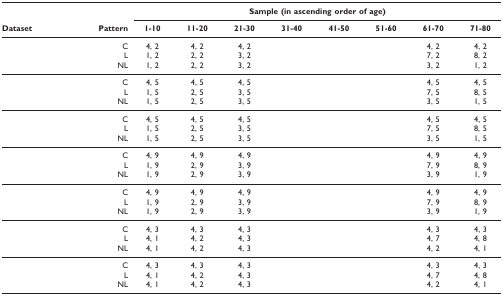
<table><thead><tr><td>[EMPTY_CELL]</td><td>[EMPTY_CELL]</td><td colspan="8"><b>Sample (in ascending order of age)</b></td></tr><tr><td><b>Dataset</b></td><td><b>Pattern</b></td><td><b>1-10</b></td><td><b>11-20</b></td><td><b>21-30</b></td><td><b>31-40</b></td><td><b>41-50</b></td><td><b>51-60</b></td><td><b>61-70</b></td><td><b>71-80</b></td></tr></thead><tbody><tr><td>[EMPTY_CELL]</td><td>C</td><td>4, 2</td><td>4, 2</td><td>4, 2</td><td>[EMPTY_CELL]</td><td>[EMPTY_CELL]</td><td>[EMPTY_CELL]</td><td>4, 2</td><td>4, 2</td></tr><tr><td>[EMPTY_CELL]</td><td>L</td><td>1, 2</td><td>2, 2</td><td>3, 2</td><td>[EMPTY_CELL]</td><td>[EMPTY_CELL]</td><td>[EMPTY_CELL]</td><td>7, 2</td><td>8, 2</td></tr><tr><td>[EMPTY_CELL]</td><td>NL</td><td>1, 2</td><td>2, 2</td><td>3, 2</td><td>[EMPTY_CELL]</td><td>[EMPTY_CELL]</td><td>[EMPTY_CELL]</td><td>3, 2</td><td>1, 2</td></tr><tr><td>[EMPTY_CELL]</td><td>C</td><td>4, 5</td><td>4, 5</td><td>4, 5</td><td>[EMPTY_CELL]</td><td>[EMPTY_CELL]</td><td>[EMPTY_CELL]</td><td>4, 5</td><td>4, 5</td></tr><tr><td>[EMPTY_CELL]</td><td>L</td><td>1, 5</td><td>2, 5</td><td>3, 5</td><td>[EMPTY_CELL]</td><td>[EMPTY_CELL]</td><td>[EMPTY_CELL]</td><td>7, 5</td><td>8, 5</td></tr><tr><td>[EMPTY_CELL]</td><td>NL</td><td>1, 5</td><td>2, 5</td><td>3, 5</td><td>[EMPTY_CELL]</td><td>[EMPTY_CELL]</td><td>[EMPTY_CELL]</td><td>3, 5</td><td>1, 5</td></tr><tr><td>[EMPTY_CELL]</td><td>C</td><td>4, 5</td><td>4, 5</td><td>4, 5</td><td>[EMPTY_CELL]</td><td>[EMPTY_CELL]</td><td>[EMPTY_CELL]</td><td>4, 5</td><td>4, 5</td></tr><tr><td>[EMPTY_CELL]</td><td>L</td><td>1, 5</td><td>2, 5</td><td>3, 5</td><td>[EMPTY_CELL]</td><td>[EMPTY_CELL]</td><td>[EMPTY_CELL]</td><td>7, 5</td><td>8, 5</td></tr><tr><td>[EMPTY_CELL]</td><td>NL</td><td>1, 5</td><td>2, 5</td><td>3, 5</td><td>[EMPTY_CELL]</td><td>[EMPTY_CELL]</td><td>[EMPTY_CELL]</td><td>3, 5</td><td>1, 5</td></tr><tr><td>[EMPTY_CELL]</td><td>C</td><td>4, 9</td><td>4, 9</td><td>4, 9</td><td>[EMPTY_CELL]</td><td>[EMPTY_CELL]</td><td>[EMPTY_CELL]</td><td>4, 9</td><td>4, 9</td></tr><tr><td>[EMPTY_CELL]</td><td>L</td><td>1, 9</td><td>2, 9</td><td>3, 9</td><td>[EMPTY_CELL]</td><td>[EMPTY_CELL]</td><td>[EMPTY_CELL]</td><td>7, 9</td><td>8, 9</td></tr><tr><td>[EMPTY_CELL]</td><td>NL</td><td>1, 9</td><td>2, 9</td><td>3, 9</td><td>[EMPTY_CELL]</td><td>[EMPTY_CELL]</td><td>[EMPTY_CELL]</td><td>3, 9</td><td>1, 9</td></tr><tr><td>[EMPTY_CELL]</td><td>C</td><td>4, 9</td><td>4, 9</td><td>4, 9</td><td>[EMPTY_CELL]</td><td>[EMPTY_CELL]</td><td>[EMPTY_CELL]</td><td>4, 9</td><td>4, 9</td></tr><tr><td>[EMPTY_CELL]</td><td>L</td><td>1, 9</td><td>2, 9</td><td>3, 9</td><td>[EMPTY_CELL]</td><td>[EMPTY_CELL]</td><td>[EMPTY_CELL]</td><td>7, 9</td><td>8, 9</td></tr><tr><td>[EMPTY_CELL]</td><td>NL</td><td>1, 9</td><td>2, 9</td><td>3, 9</td><td>[EMPTY_CELL]</td><td>[EMPTY_CELL]</td><td>[EMPTY_CELL]</td><td>3, 9</td><td>1, 9</td></tr><tr><td>[EMPTY_CELL]</td><td>C</td><td>4, 3</td><td>4, 3</td><td>4, 3</td><td>[EMPTY_CELL]</td><td>[EMPTY_CELL]</td><td>[EMPTY_CELL]</td><td>4, 3</td><td>4, 3</td></tr><tr><td>[EMPTY_CELL]</td><td>L</td><td>4, 1</td><td>4, 2</td><td>4, 3</td><td>[EMPTY_CELL]</td><td>[EMPTY_CELL]</td><td>[EMPTY_CELL]</td><td>4, 7</td><td>4, 8</td></tr><tr><td>[EMPTY_CELL]</td><td>NL</td><td>4, 1</td><td>4, 2</td><td>4, 3</td><td>[EMPTY_CELL]</td><td>[EMPTY_CELL]</td><td>[EMPTY_CELL]</td><td>4, 2</td><td>4, 1</td></tr><tr><td>[EMPTY_CELL]</td><td>C</td><td>4, 3</td><td>4, 3</td><td>4, 3</td><td>[EMPTY_CELL]</td><td>[EMPTY_CELL]</td><td>[EMPTY_CELL]</td><td>4, 3</td><td>4, 3</td></tr><tr><td>[EMPTY_CELL]</td><td>L</td><td>4, 1</td><td>4, 2</td><td>4, 3</td><td>[EMPTY_CELL]</td><td>[EMPTY_CELL]</td><td>[EMPTY_CELL]</td><td>4, 7</td><td>4, 8</td></tr><tr><td>[EMPTY_CELL]</td><td>NL</td><td>4, 1</td><td>4, 2</td><td>4, 3</td><td>[EMPTY_CELL]</td><td>[EMPTY_CELL]</td><td>[EMPTY_CELL]</td><td>4, 2</td><td>4, 1</td></tr></tbody></table>